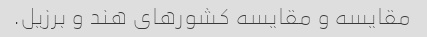
مقایسه و مقایسه کشورهای هند و برزیل.